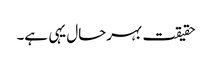
حقیقت بہرحال یہی ہے۔